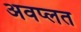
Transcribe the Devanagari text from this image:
अवप्लत